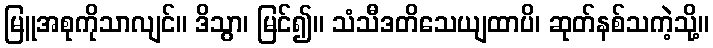
မြူအစုကိုသာလျင်။ ဒိသွာ၊ မြင်၍။ သံသီဒတိသေယျထာပိ၊ ဆုတ်နစ်သကဲ့သို့။